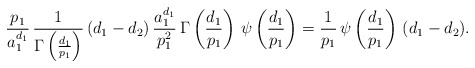
\begin{align*}\frac{p_1}{a_1^{d_1}} \, \frac{1}{\Gamma \left(\frac{d_1}{p_1}\right)} \, (d_1 - d_2) \, \frac{a_1^{d_1}}{p_1^2} \, \Gamma \left(\frac{d_1}{p_1}\right) \, \psi\left( \frac{d_1}{p_1} \right) = \frac{1}{p_1} \, \psi\left( \frac{d_1}{p_1} \right) \, (d_1 - d_2).\end{align*}